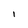
Character: I